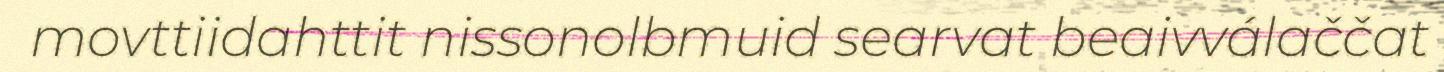
movttiidahttit nissonolbmuid searvat beaivválaččat